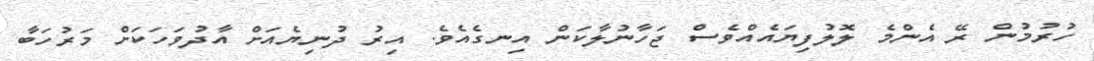
ހުރުމުން ރޭ އެންމެ ލޮލުފިޔައެއްވެސް ޖަހާނުލާކަން އިނގެއެވެ. އިރު ދުނިޔެއަށް އާދުވަހަކަށް މަރުހަަބާ